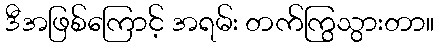
ဒီအဖြစ်ကြောင့် အရမ်း တက်ကြွသွားတာ။